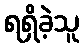
ရရှိခဲ့သူ